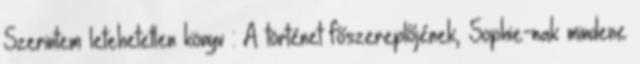
Szerintem letehetetlen könyv : A történet főszereplőjének, Sophie-nak mindene